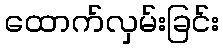
ထောက်လှမ်းခြင်း